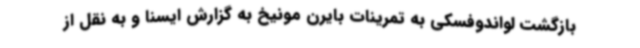
بازگشت لواندوفسکی به تمرینات بایرن مونیخ به گزارش ایسنا و به نقل از